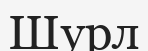
Шурл